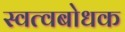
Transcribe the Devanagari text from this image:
स्वत्वबोधक